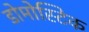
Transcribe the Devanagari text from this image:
डोमोस्टिक